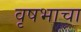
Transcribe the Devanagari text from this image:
वृषभाचा